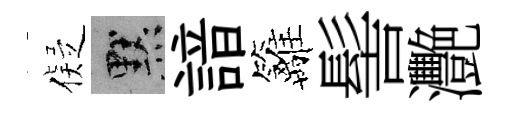
儗默諳籬髻灧